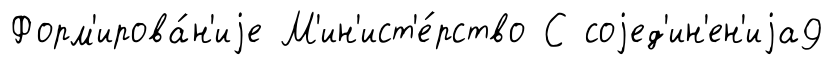
Форм'ирова́н'иjе М'ин'ист'е́рство С соjед'ин'ен'иjа9